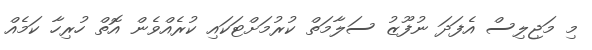
މި މަޖިލިސް އެފަދަ ނުފޫޒު ސަލާމަތް ކުރުމަށްޓަކައި ކުރެއްވެން އޮތް ހުރިހާ ކަމެއް